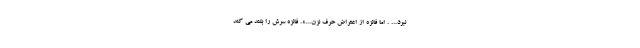
نبرد... . اما فائزه از اعتراض حرف نزن...». فائزه سرش را بلند می کند